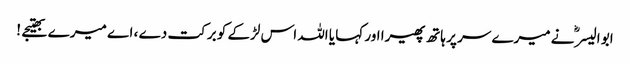
ابو الیسرؓ نے میرے سر پر ہاتھ پھیرا اور کہا یا اللہ اس لڑکے کو برکت دے ، اے میرے بھتیجے !